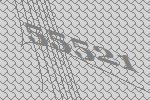
55521